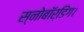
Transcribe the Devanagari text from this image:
स्नोबॉर्डिंग।